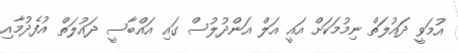
އުމަވީ ދައުލަތް ނިމުމަކަށް އައީ އަލް އަންދުލުސް ގައި އައްބާސީ ދައުލަތް އުފެދުމާއި